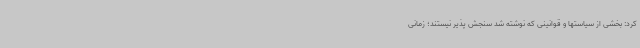
کرد: بخشی از سیاستها و قوانینی که نوشته شد سنجش پذیر نیستند؛ زمانی